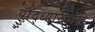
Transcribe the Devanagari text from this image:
योद्ध्यासारखे